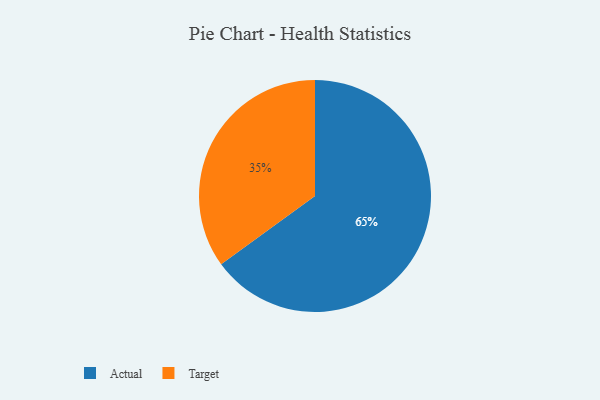
{"axis": {"x": "Category", "y": "Percentage"}, "legend": ["Actual", "Target"], "data": [{"x": "Target", "y": 35, "type": "Target"}, {"x": "Actual", "y": 65, "type": "Actual"}]}